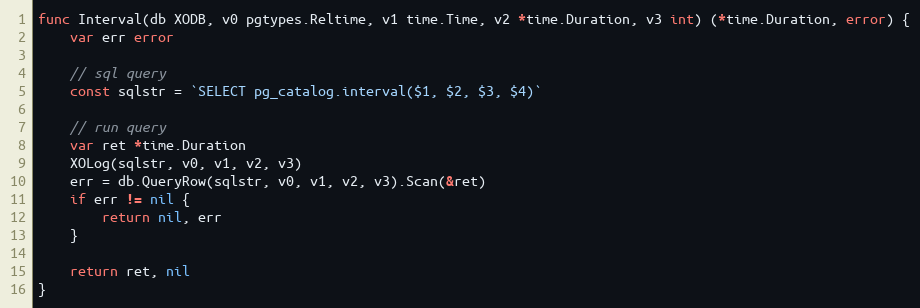
Language: Go
func Interval(db XODB, v0 pgtypes.Reltime, v1 time.Time, v2 *time.Duration, v3 int) (*time.Duration, error) {
	var err error

	// sql query
	const sqlstr = `SELECT pg_catalog.interval($1, $2, $3, $4)`

	// run query
	var ret *time.Duration
	XOLog(sqlstr, v0, v1, v2, v3)
	err = db.QueryRow(sqlstr, v0, v1, v2, v3).Scan(&ret)
	if err != nil {
		return nil, err
	}

	return ret, nil
}